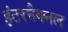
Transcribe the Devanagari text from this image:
इंटरनैक्नल